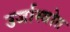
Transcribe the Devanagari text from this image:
उर्जास्त्रोत